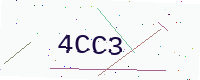
Text: 4CC3